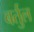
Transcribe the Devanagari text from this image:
बर्तुल